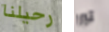
رحيلنا تبرر